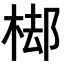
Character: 𣓹